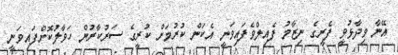
އޭނާ ވިދާޅުވީ ފެރީގެ ނިޒާމު ފެއިލްވެފައިވަނީ އެކަން ކުރުމަށް ކުރީގެ ސަރުކާރުން ހަވާލުކޮށްފައިވަނީ